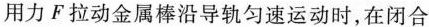
用力F拉动金属棒沿导轨匀速运动时，在闭合